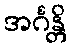
အင်္ဂန္တိ